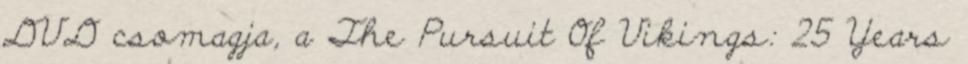
DVD csomagja, a The Pursuit Of Vikings: 25 Years